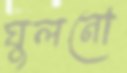
ঘুলনো